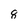
Character: 8